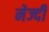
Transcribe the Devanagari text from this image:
नेज्दी